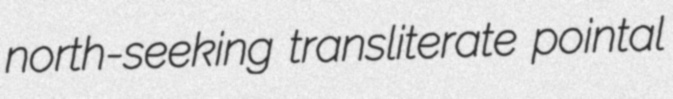
north-seeking transliterate pointal